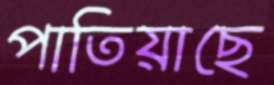
পাতিয়াছে